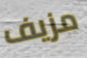
مزيف